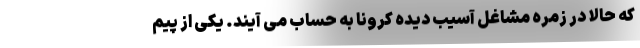
که حالا در زمره مشاغل آسیب دیده کرونا به حساب می آیند. یکی از پیم